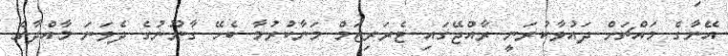
އޭނާގެ މައްޗަށް ދައުވާކުރަނީ ރާއްޖޭގައި ޓެރަރިޒަމް މަނާކުރުމާ ބެހޭ ގާނޫނުގެ ދެވަނަ މާއްދާގެ